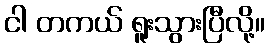
ငါ တကယ် ရူးသွားပြီလို့။